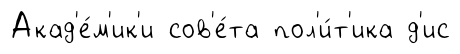
Акад'е́м'ик'и сов'е́та пол'и́т'ика д'ис